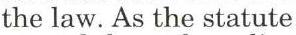
the law. As the statute